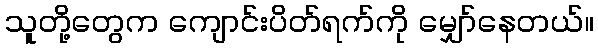
သူတို့တွေက ကျောင်းပိတ်ရက်ကို မျှော်နေတယ်။